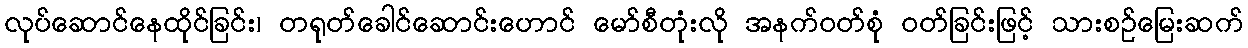
လုပ်ဆောင်နေထိုင်ခြင်း၊ တရုတ်ခေါင်ဆောင်းဟောင် မော်စီတုံးလို အနက်ဝတ်စုံ ဝတ်ခြင်းဖြင့် သားစဉ်မြေးဆက်